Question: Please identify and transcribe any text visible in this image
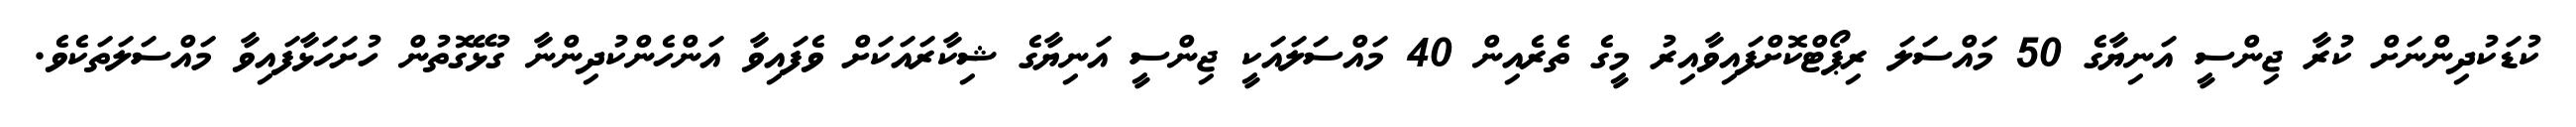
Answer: ކުޑަކުދިންނަށް ކުރާ ޖިންސީ އަނިޔާގެ 50 މައްސަލަ ރިޕޯޓްކޮށްފައިވާއިރު މީގެ ތެރެއިން 40 މައްސަލައަކީ ޖިންސީ އަނިޔާގެ ޝިކާރައަކަށް ވެފައިވާ އަންހެންކުދިންނާ ގުޅޭގޮތުން ހުށަހަޅާފައިވާ މައްސަލަތަކެވެ.